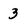
Character: 3